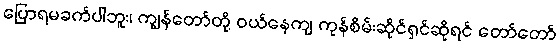
ပြောရမခက်ပါဘူး၊ ကျွန်တော်တို့ ဝယ်နေကျ ကုန်စိမ်းဆိုင်ရှင်ဆိုရင် တော်တော်